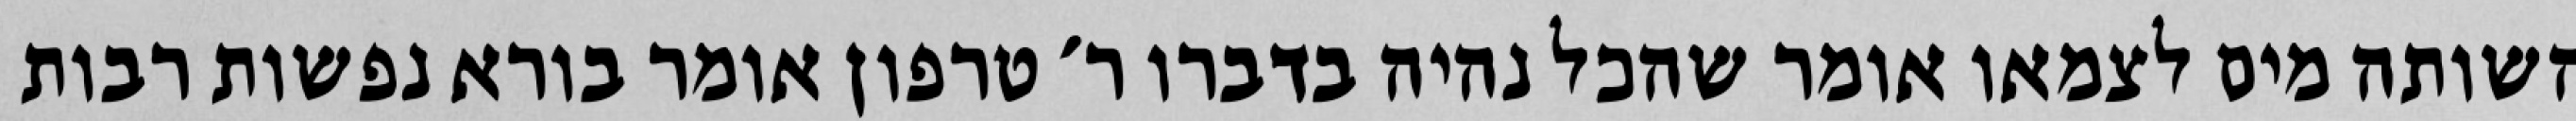
השותה מים לצמאו אומר שהכל נהיה בדברו ר׳ טרפון אומר בורא נפשות רבות